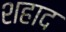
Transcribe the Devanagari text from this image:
शहाद